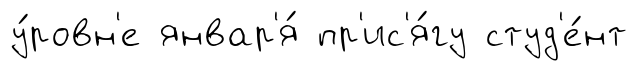
у́ровн'е январ'я́ пр'ис'я́гу студ'е́нт